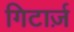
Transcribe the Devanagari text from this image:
गिटार्ज़